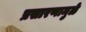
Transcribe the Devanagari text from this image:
प्रसारणामुळे